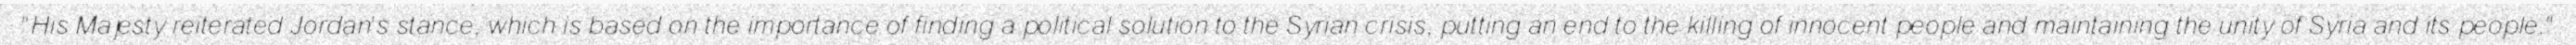
"His Majesty reiterated Jordan's stance, which is based on the importance of finding a political solution to the Syrian crisis, putting an end to the killing of innocent people and maintaining the unity of Syria and its people."